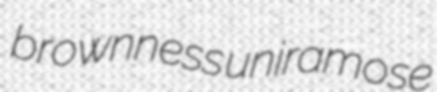
brownness uniramose